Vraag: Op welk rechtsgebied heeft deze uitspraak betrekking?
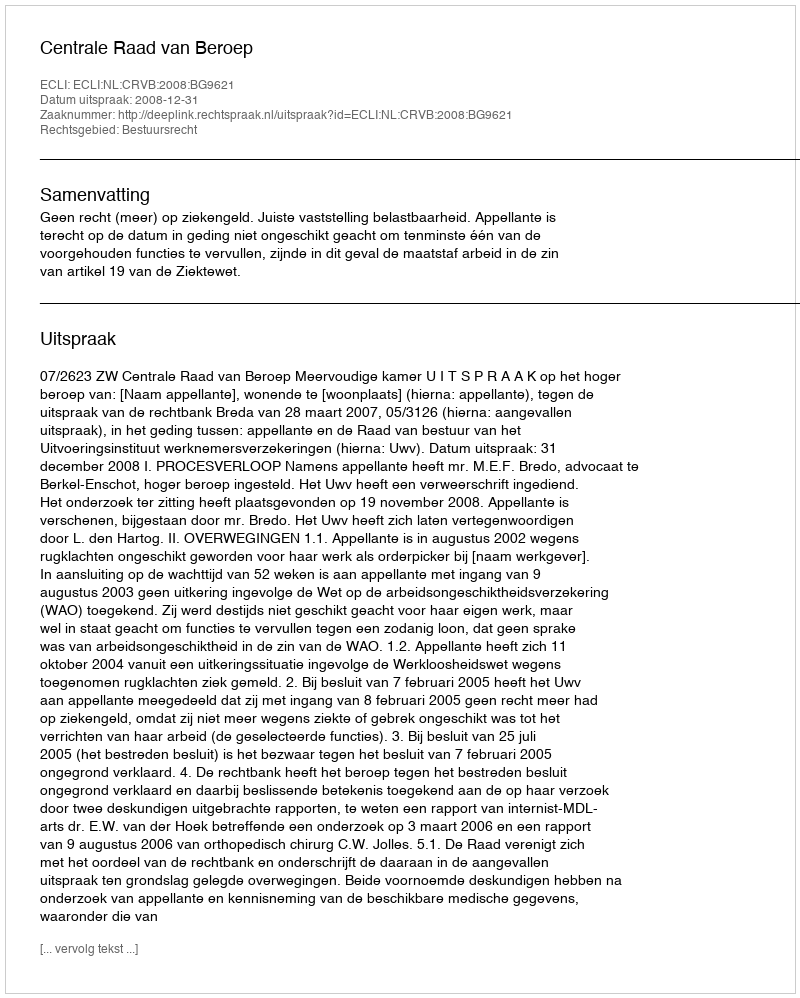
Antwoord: Bestuursrecht